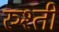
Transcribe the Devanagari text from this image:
रुश्ती